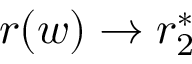
r ( w ) \rightarrow r _ { 2 } ^ { * }